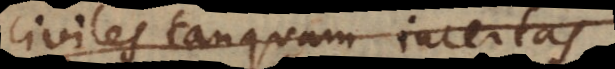
civiles tanquam incertas